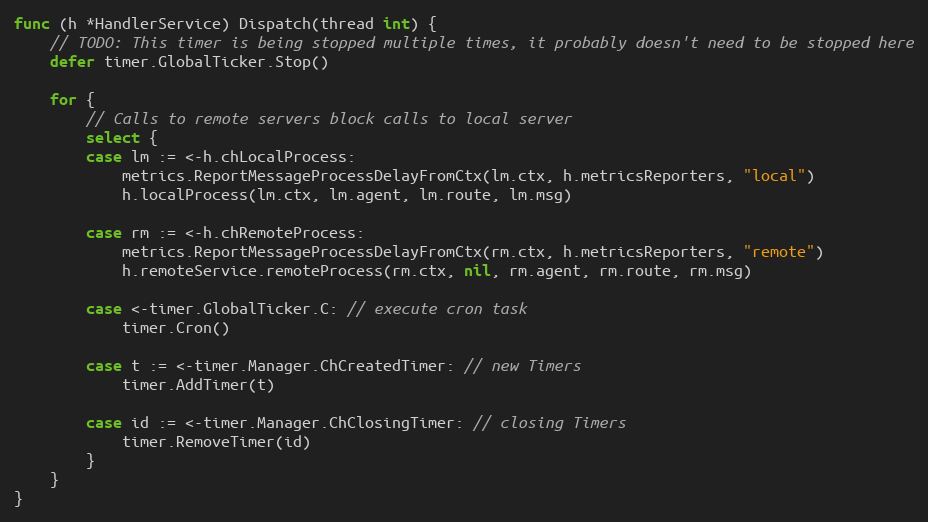
Language: Go
func (h *HandlerService) Dispatch(thread int) {
	// TODO: This timer is being stopped multiple times, it probably doesn't need to be stopped here
	defer timer.GlobalTicker.Stop()

	for {
		// Calls to remote servers block calls to local server
		select {
		case lm := <-h.chLocalProcess:
			metrics.ReportMessageProcessDelayFromCtx(lm.ctx, h.metricsReporters, "local")
			h.localProcess(lm.ctx, lm.agent, lm.route, lm.msg)

		case rm := <-h.chRemoteProcess:
			metrics.ReportMessageProcessDelayFromCtx(rm.ctx, h.metricsReporters, "remote")
			h.remoteService.remoteProcess(rm.ctx, nil, rm.agent, rm.route, rm.msg)

		case <-timer.GlobalTicker.C: // execute cron task
			timer.Cron()

		case t := <-timer.Manager.ChCreatedTimer: // new Timers
			timer.AddTimer(t)

		case id := <-timer.Manager.ChClosingTimer: // closing Timers
			timer.RemoveTimer(id)
		}
	}
}